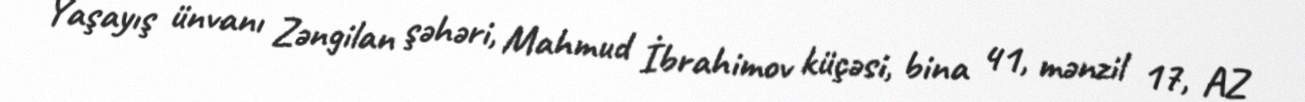
Yaşayış ünvanı Zəngilan şəhəri, Mahmud İbrahimov küçəsi, bina 41, mənzil 17, AZ